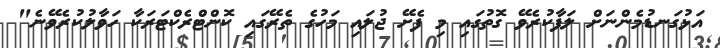
އަޅުގަނޑުމެންނަށް ލަފާކުރެވޭ ގޮތުގައި މި ފެށޭ ޖުލައި މަހުގެ ތެރޭގައި ކޮންޓްރެކްޓަރަކާ ހަވާލުކުރެވޭނެ"